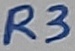
Text: R3